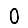
Digit: 0